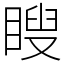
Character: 瞍